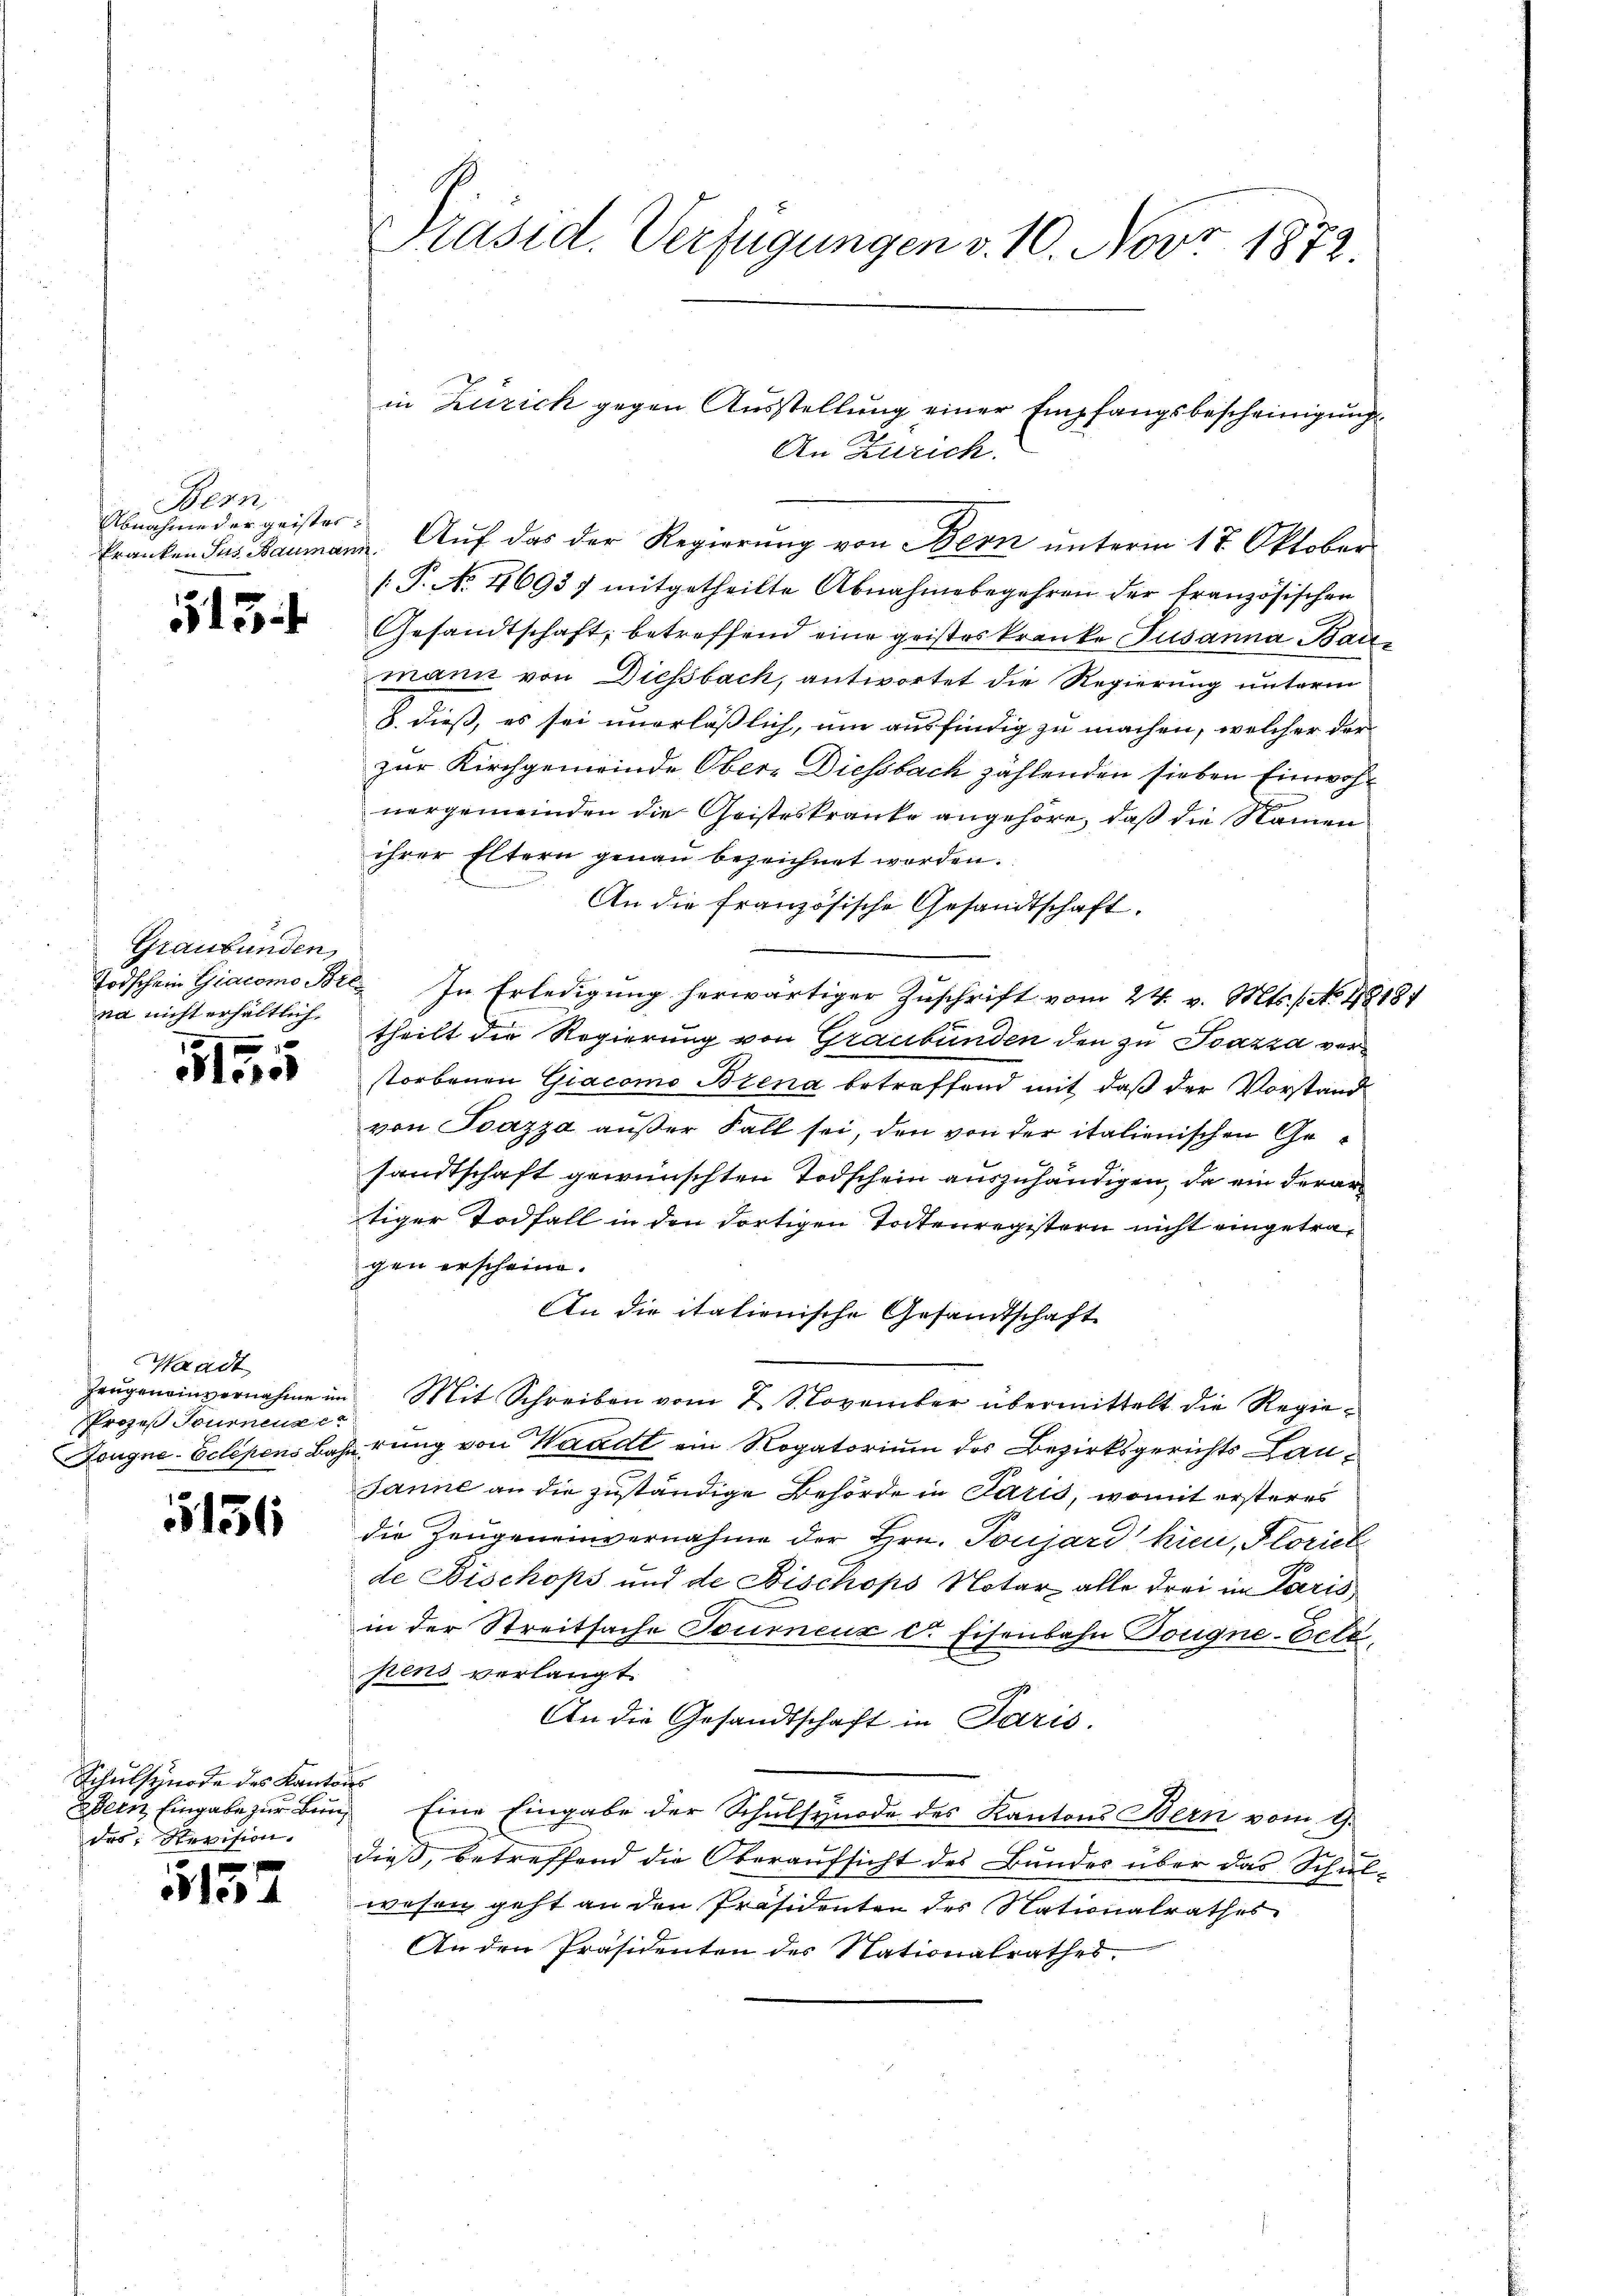
Bern,
Pranten Jus Baumann

513

Graubünden,
na nicht erhältlich

4 x
Niere

Waadt
Prozeß Tournenze

5136

Schulsynode des Kantons
des Revision.

x
 des

A
Präsid. Verfügungen v. 10. Nov. 1872.

/T. No. 46937 mitgetheilte Abnahmebegehren der französischen
Gesandtschaft, betreffend eine geisteskranke Susanna Baumann von Diessbach, antwortet die Regierung unterm
8. dieß, es sei unerläßlich, um ausfindig zu machen, welcher der
zur Kirchgemeinde Ober- Diessbach zählenden sieben Einwohnergemeinden die Geisteskranke angehöre, daß die Namen
ihrer Eltern genau bezeichnet worden.
An die französische Gesandtschaft.
Todschein Giacomo Ill. In Erledigung herwärtiger Zuschrift vom 24. v. Mts. f. No. 48181
theilt die Regierung von Graubünden den zu Pazza verstorbenen Giacomo Brena betreffend mit daß der Vorstand
von Ioazza außer Fall sei, den von der italienischen Gesandtschaft gewünschten Todschein auszuhändigen, da ein derartiger Todfall in den dortigen Todtenregistern nicht eingetragen erscheine.
An die italienische Gesandtschaft
Zeŭgeneinvernahme im Mit Schreiben vom 7. November übermittelt die Regie-
Dougne-Eclepens Bahn rung von Waadt ein Rogatorium des Bezirksgerichts Lau¬
Janne an die zuständige Behörde in Paris, womit ersteres
die Zeugeneinvernahme der Hrn. Toujard hier, Floriet
de Bischops und de Bischops Notar alle drei im Paris
in der Streitsache Toureur der Eisenbahn Dougne-Eetz,
pens verlangt.
An die Gesandtschaft in Paris.
ZBern Eingabe zŭr Bŭn Eine Eingabe der Schulsynode des Kantons Bern vom 9.
dieß, betreffend die Oberaufsicht des Bundes über das Schil-
wesen geht an den Präsidenten des Nationalrathes
An den Präsidenten des Nationalrathes,

in Zürich gegen Ausstellung einer Empfangsbescheinigung
An Zürich.
Abnahme der geister. Aŭf das der Regierŭng von Bern unterm 17. Oktober